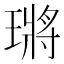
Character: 𤨿